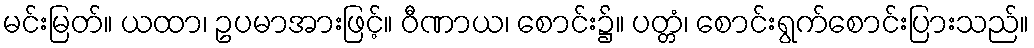
မင်းမြတ်။ ယထာ၊ ဥပမာအားဖြင့်။ ဝီဏာယ၊ စောင်း၌။ ပတ္တံ၊ စောင်းရွက်စောင်းပြားသည်။